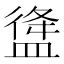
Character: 𥂃